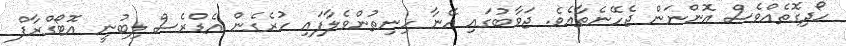
ހޯދިގޮތެއްވެސް އޮންނަން ޖެހޭނެތާއެވެ. ޖަވާބުގައި އޭނާ ހިނިތުންވެލާފައި ހުރެގެން އެޑްރެސް ލިބުނީ އޮޓޯގްރާފް